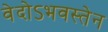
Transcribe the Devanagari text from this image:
वेदोऽभवस्तेन